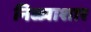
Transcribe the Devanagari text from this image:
निळ्याशार